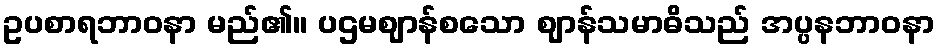
ဥပစာရဘာဝနာ မည်၏။ ပဌမဈာန်စသော ဈာန်သမာဓိသည် အပ္ပနဘာဝနာ